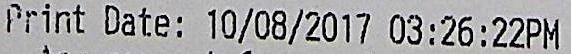
PRINT DATE: 10/08/2017 03:26:22PM